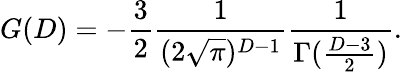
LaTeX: G(D)=-\frac{3}{2}\frac{1}{(2\sqrt{\pi})^{D-1}}\frac{1}{\Gamma(\frac{D-3}{2})}.